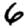
Digit: 6